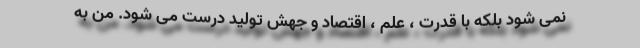
نمی شود بلکه با قدرت ، علم ، اقتصاد و جهش تولید درست می شود. من به